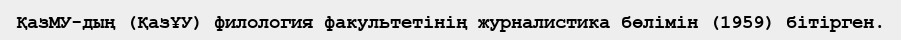
ҚазМУ-дың (ҚазҰУ) филология факультетінің журналистика бөлімін (1959) бітірген.